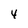
Character: 4